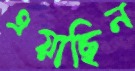
এয়াছিন